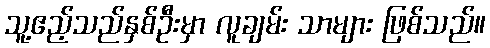
သူ့ဧည့်သည်နှစ်ဦးမှာ လူချမ်း သာများ ဖြစ်သည်။